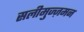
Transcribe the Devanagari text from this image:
सलीमुज्ज़मन